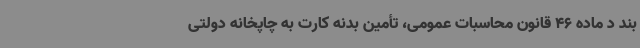
بند د ماده 46 قانون محاسبات عمومی، تأمین بدنه کارت به چاپخانه دولتی